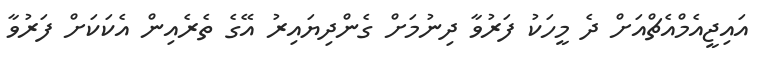
އައިޖީއެމްއެޗްއަށް ދެ މީހަކު ފަރުވާ ދިނުމަށް ގެންދިޔައިރު އޭގެ ތެރެއިން އެކަކަށް ފަރުވާ